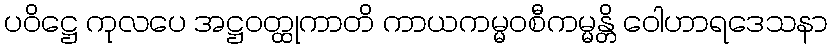
ပဝိဋ္ဌေ ကုလပေ အဋ္ဌဝတ္ထုကာတိ ကာယကမ္မဝစီကမ္မန္တိ ဝေါဟာရဒေသနာ